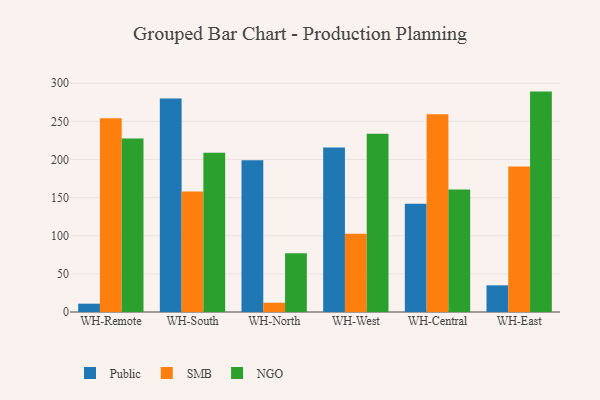
{"axis": {"x": "Warehouse", "y": "Temperature (°C)"}, "legend": ["NGO", "Public", "SMB"], "data": [{"x": "WH-Remote", "y": 10.9, "type": "Public"}, {"x": "WH-Remote", "y": 254.1, "type": "SMB"}, {"x": "WH-Remote", "y": 227.6, "type": "NGO"}, {"x": "WH-South", "y": 280.1, "type": "Public"}, {"x": "WH-South", "y": 157.9, "type": "SMB"}, {"x": "WH-South", "y": 208.8, "type": "NGO"}, {"x": "WH-North", "y": 198.9, "type": "Public"}, {"x": "WH-North", "y": 12.2, "type": "SMB"}, {"x": "WH-North", "y": 77.1, "type": "NGO"}, {"x": "WH-West", "y": 215.9, "type": "Public"}, {"x": "WH-West", "y": 102.6, "type": "SMB"}, {"x": "WH-West", "y": 233.9, "type": "NGO"}, {"x": "WH-Central", "y": 142.1, "type": "Public"}, {"x": "WH-Central", "y": 259.4, "type": "SMB"}, {"x": "WH-Central", "y": 160.8, "type": "NGO"}, {"x": "WH-East", "y": 35.0, "type": "Public"}, {"x": "WH-East", "y": 190.9, "type": "SMB"}, {"x": "WH-East", "y": 289.1, "type": "NGO"}]}